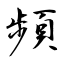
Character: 頻